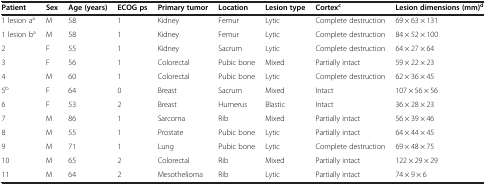
<table><thead><tr><td><b>Patient</b></td><td><b>Sex</b></td><td><b>Age (years)</b></td><td><b>ECOG ps</b></td><td><b>Primary tumor</b></td><td><b>Location</b></td><td><b>Lesion type</b></td><td><b>Cortex<sup>c</sup></b></td><td><b>Lesion dimensions (mm)<sup>d</sup></b></td></tr></thead><tbody><tr><td>1 lesion a<sup>a</sup></td><td>M</td><td>58</td><td>1</td><td>Kidney</td><td>Femur</td><td>Lytic</td><td>Complete destruction</td><td>69 × 63 × 131</td></tr><tr><td>1 lesion b<sup>a</sup></td><td>M</td><td>58</td><td>1</td><td>Kidney</td><td>Femur</td><td>Lytic</td><td>Complete destruction</td><td>84 × 52 × 100</td></tr><tr><td>2</td><td>F</td><td>55</td><td>1</td><td>Kidney</td><td>Sacrum</td><td>Lytic</td><td>Complete destruction</td><td>64 × 27 × 64</td></tr><tr><td>3</td><td>F</td><td>56</td><td>1</td><td>Colorectal</td><td>Pubic bone</td><td>Mixed</td><td>Partially intact</td><td>59 × 22 × 23</td></tr><tr><td>4</td><td>M</td><td>60</td><td>1</td><td>Colorectal</td><td>Pubic bone</td><td>Lytic</td><td>Complete destruction</td><td>62 × 36 × 45</td></tr><tr><td>5<sup>b</sup></td><td>F</td><td>64</td><td>0</td><td>Breast</td><td>Sacrum</td><td>Mixed</td><td>Intact</td><td>107 × 56 × 56</td></tr><tr><td>6</td><td>F</td><td>53</td><td>2</td><td>Breast</td><td>Humerus</td><td>Blastic</td><td>Intact</td><td>36 × 28 × 23</td></tr><tr><td>7</td><td>M</td><td>86</td><td>1</td><td>Sarcoma</td><td>Rib</td><td>Mixed</td><td>Partially intact</td><td>56 × 39 × 46</td></tr><tr><td>8</td><td>M</td><td>55</td><td>1</td><td>Prostate</td><td>Pubic bone</td><td>Lytic</td><td>Partially intact</td><td>64 × 44 × 45</td></tr><tr><td>9</td><td>M</td><td>71</td><td>1</td><td>Lung</td><td>Pubic bone</td><td>Lytic</td><td>Complete destruction</td><td>69 × 48 × 75</td></tr><tr><td>10</td><td>M</td><td>65</td><td>2</td><td>Colorectal</td><td>Rib</td><td>Mixed</td><td>Partially intact</td><td>122 × 29 × 29</td></tr><tr><td>11</td><td>M</td><td>64</td><td>2</td><td>Mesothelioma</td><td>Rib</td><td>Lytic</td><td>Partially intact</td><td>74 × 9 × 6</td></tr></tbody></table>